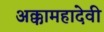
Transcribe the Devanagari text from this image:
अक्कामहादेवी